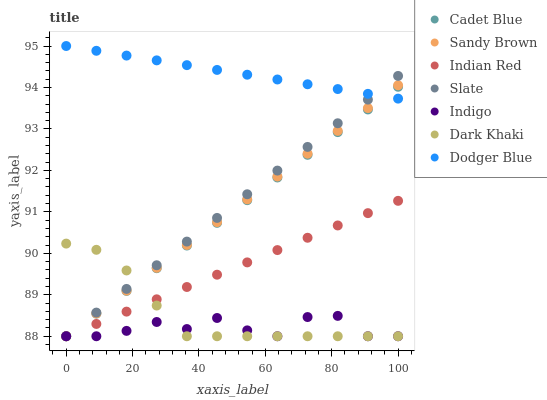
| xaxis_label | Cadet Blue | Sandy Brown | Indian Red | Slate | Indigo | Dark Khaki | Dodger Blue |
 | --- | --- | --- | --- | --- | --- | --- | --- |
 | 0 | 88 | 88 | 88 | 88 | 88 | 90.2 | 95 |
 | 9.09 | 88.5 | 88.6 | 88.3 | 88.6 | 88 | 90.1 | 94.9 |
 | 18.2 | 89.1 | 89.1 | 88.6 | 89.1 | 88.1 | 89.6 | 94.8 |
 | 27.3 | 89.6 | 89.7 | 88.9 | 89.7 | 88.3 | 88.7 | 94.7 |
 | 36.4 | 90.2 | 90.2 | 89.2 | 90.3 | 88.2 | 88 | 94.5 |
 | 45.5 | 90.7 | 90.8 | 89.5 | 90.9 | 88.4 | 88 | 94.4 |
 | 54.5 | 91.3 | 91.3 | 89.8 | 91.4 | 88.1 | 88 | 94.3 |
 | 63.6 | 91.8 | 91.9 | 90.1 | 92 | 88 | 88 | 94.2 |
 | 72.7 | 92.4 | 92.4 | 90.4 | 92.6 | 88.5 | 88 | 94.1 |
 | 81.8 | 92.9 | 93 | 90.7 | 93.1 | 88.5 | 88 | 94 |
 | 90.9 | 93.5 | 93.5 | 91 | 93.7 | 88 | 88 | 93.8 |
 | 100 | 94 | 94.1 | 91.3 | 94.3 | 88 | 88 | 93.7 |